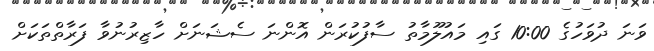
ވަނަ ދުވަހުގެ 10:00 ގައި މައުލޫމާތު ސާފުކުރަން އޮންނަ ސެޝަނަށް ހާޒިރުނުވާ ފަރާތްތަކަށް